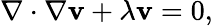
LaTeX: \nabla\cdot\nabla\mathbf{v}+\lambda\mathbf{v}=0,